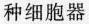
种细胞器